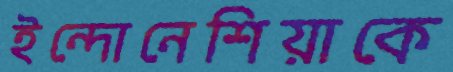
ইন্দোনেশিয়াকে